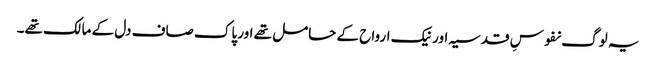
یہ لوگ نفوسِ قدسیہ اور نیک ارواح کے حامل تھے اور پاک صاف دل کے مالک تھے۔